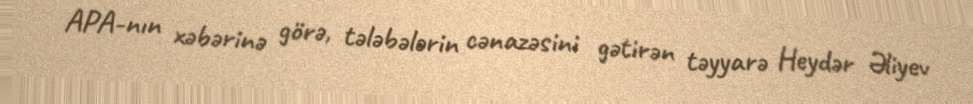
APA-nın xəbərinə görə, tələbələrin cənazəsini gətirən təyyarə Heydər Əliyev